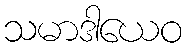
သမာဒါယေဝ